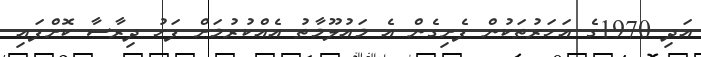
އަދި 1970ގެ އަހަރުތަކުން ފެށިގެން އެ މައުލޫމާތު އެއްކުރުމަށް ފަހު ދިރާސާ ކޮށްފައި